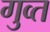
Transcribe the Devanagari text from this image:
गुव्त